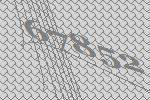
67852